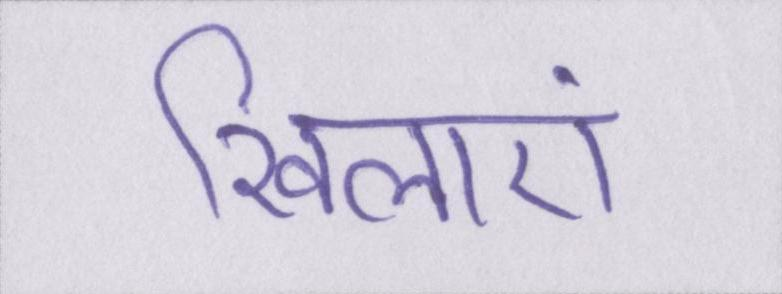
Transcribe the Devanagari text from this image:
खिलाएं